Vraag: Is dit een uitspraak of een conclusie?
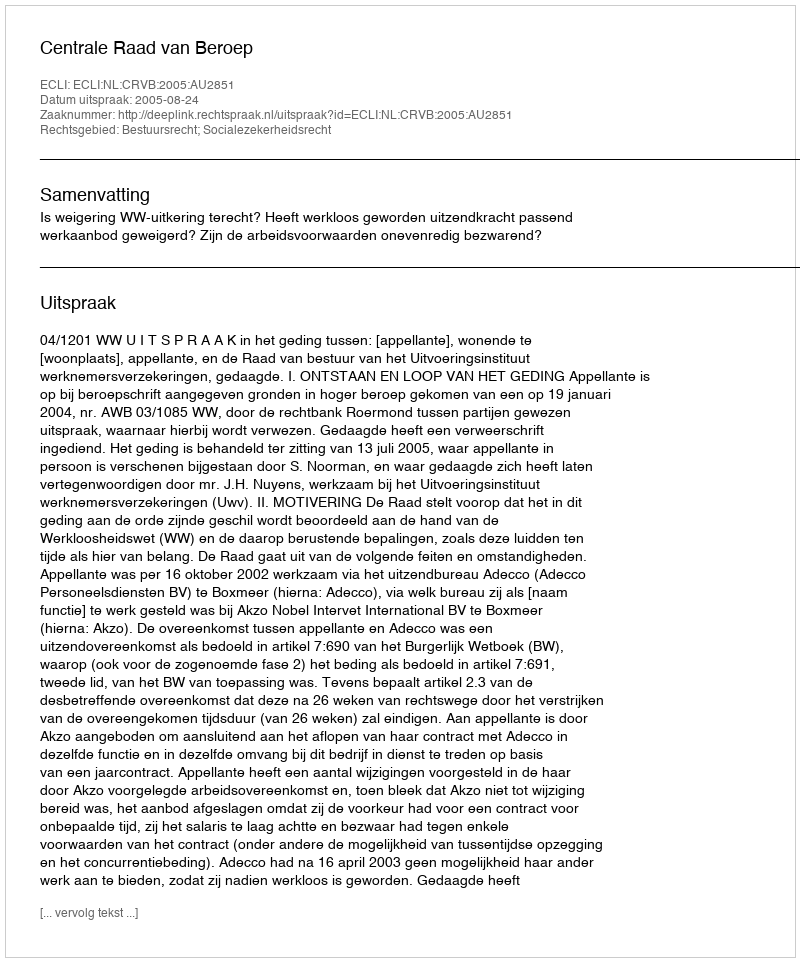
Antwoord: Uitspraak